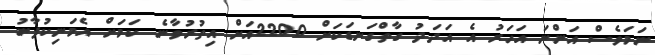
ނަމަވެސް އަންނަ އަހަރު އެ އަދަދު ގާތްގަނޑަކަށް 2200އަށް އިތުރުވާނެ ކަމަށް އެމަނިކުފާނު